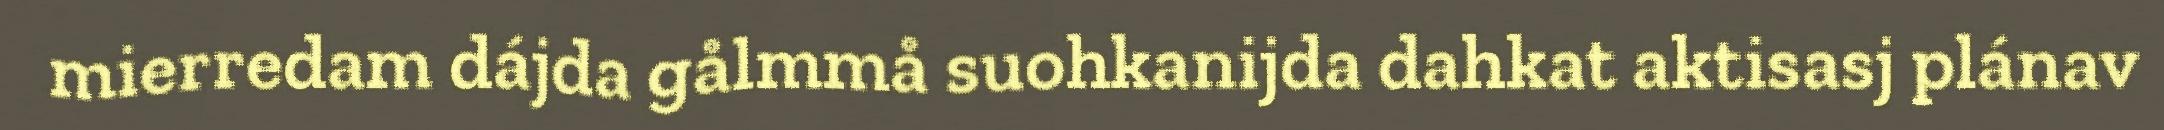
mierredam dájda gålmmå suohkanijda dahkat aktisasj plánav